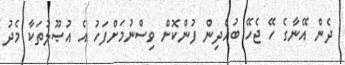
ދެން އޭނާގެ ހޭ ޖެހޭ ބުއްދިން ފުންކޮށް ވިސްނުމަށްފަހު އެ އުޞޫލުތަކާ މެދު